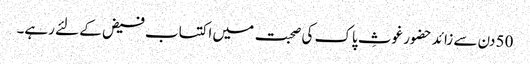
50 دن سے زائد حضور غوثِ پاک کی صحبت میں اکتساب فیض کے لئے رہے۔